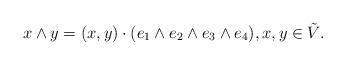
LaTeX: \begin{align*} x \wedge y = (x,y) \cdot (e_1 \wedge e_2 \wedge e_3 \wedge e_4), x, y \in \tilde V.\end{align*}